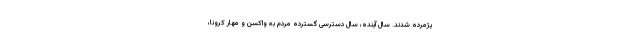
پژمرده‌ شدند. سال آینده، سال دسترسی گسترده مردم به واکسن و مهار کرونا،